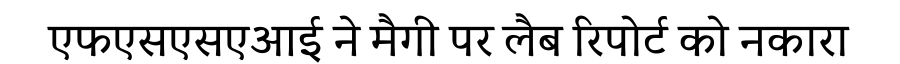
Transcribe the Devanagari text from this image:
एफएसएसएआई ने मैगी पर लैब रिपोर्ट को नकारा